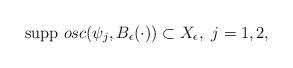
LaTeX: \begin{align*} \textrm{supp} \ osc(\psi_j,B_\epsilon(\cdot)) \subset X_\epsilon,\ j=1,2, \end{align*}